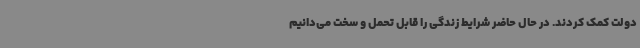
دولت کمک کردند. در حال حاضر شرایط زندگی را قابل تحمل و سخت می‌دانیم